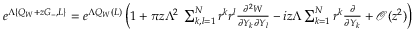
\begin{array} { r } { e ^ { \Lambda \{ Q _ { W } + z G _ { - } , L \} } = e ^ { \Lambda Q _ { W } ( L ) } \left( 1 + \pi z \Lambda ^ { 2 } \; \sum _ { k , l = 1 } ^ { N } r ^ { k } r ^ { l } \frac { \partial ^ { 2 } W } { \partial Y _ { k } \partial Y _ { l } } - i z \Lambda \sum _ { k = 1 } ^ { N } r ^ { k } \frac { \partial } { \partial Y _ { k } } + \mathcal { O } ( z ^ { 2 } ) \right) } \end{array}